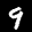
Label: 9